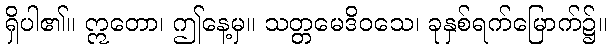
ရှိပါ၏။ ဣတော၊ ဤနေ့မှ။ သတ္တမေဒိဝသေ၊ ခုနှစ်ရက်မြောက်၌။